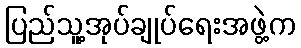
ပြည်သူ့အုပ်ချုပ်ရေးအဖွဲ့က